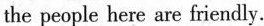
the people here are friendly.